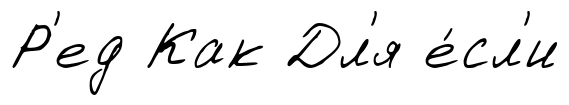
Р'ед Как Дл'я е́сл'и